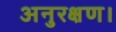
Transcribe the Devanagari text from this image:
अनुरक्षण।